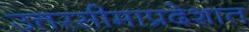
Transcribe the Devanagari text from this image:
उत्तरसीमाप्रदेशात